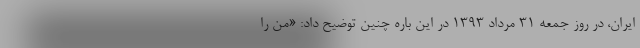
ایران، در روز جمعه ۳۱ مرداد ۱۳۹۳ در این باره چنین توضیح داد: «من را